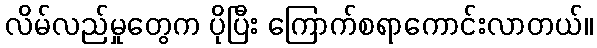
လိမ်လည်မှုတွေက ပိုပြီး ကြောက်စရာကောင်းလာတယ်။